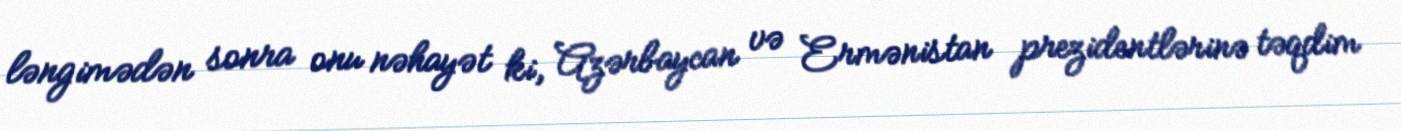
ləngimədən sonra onu nəhayət ki, Azərbaycan və Ermənistan prezidentlərinə təqdim